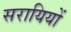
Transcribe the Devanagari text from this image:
सरायियों